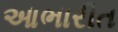
આભારીત